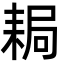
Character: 䎤